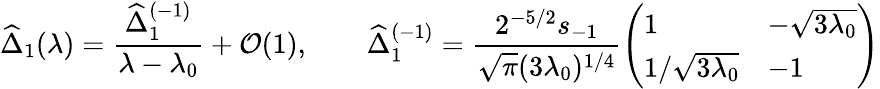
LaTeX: \widehat{\Delta}_{1}(\lambda)=\frac{\widehat{\Delta}_{1}^{(-1)}}{\lambda-\lambda_{0}}+\mathcal{O}(1),\qquad\widehat{\Delta}_{1}^{(-1)}=\frac{2^{-5/2}s_{-1}}{\sqrt{\pi}(3\lambda_{0})^{1/4}}\left(\begin{array}{ll}{1}&{-\sqrt{3\lambda_{0}}}\\ {1/\sqrt{3\lambda_{0}}}&{-1}\end{array}\right)